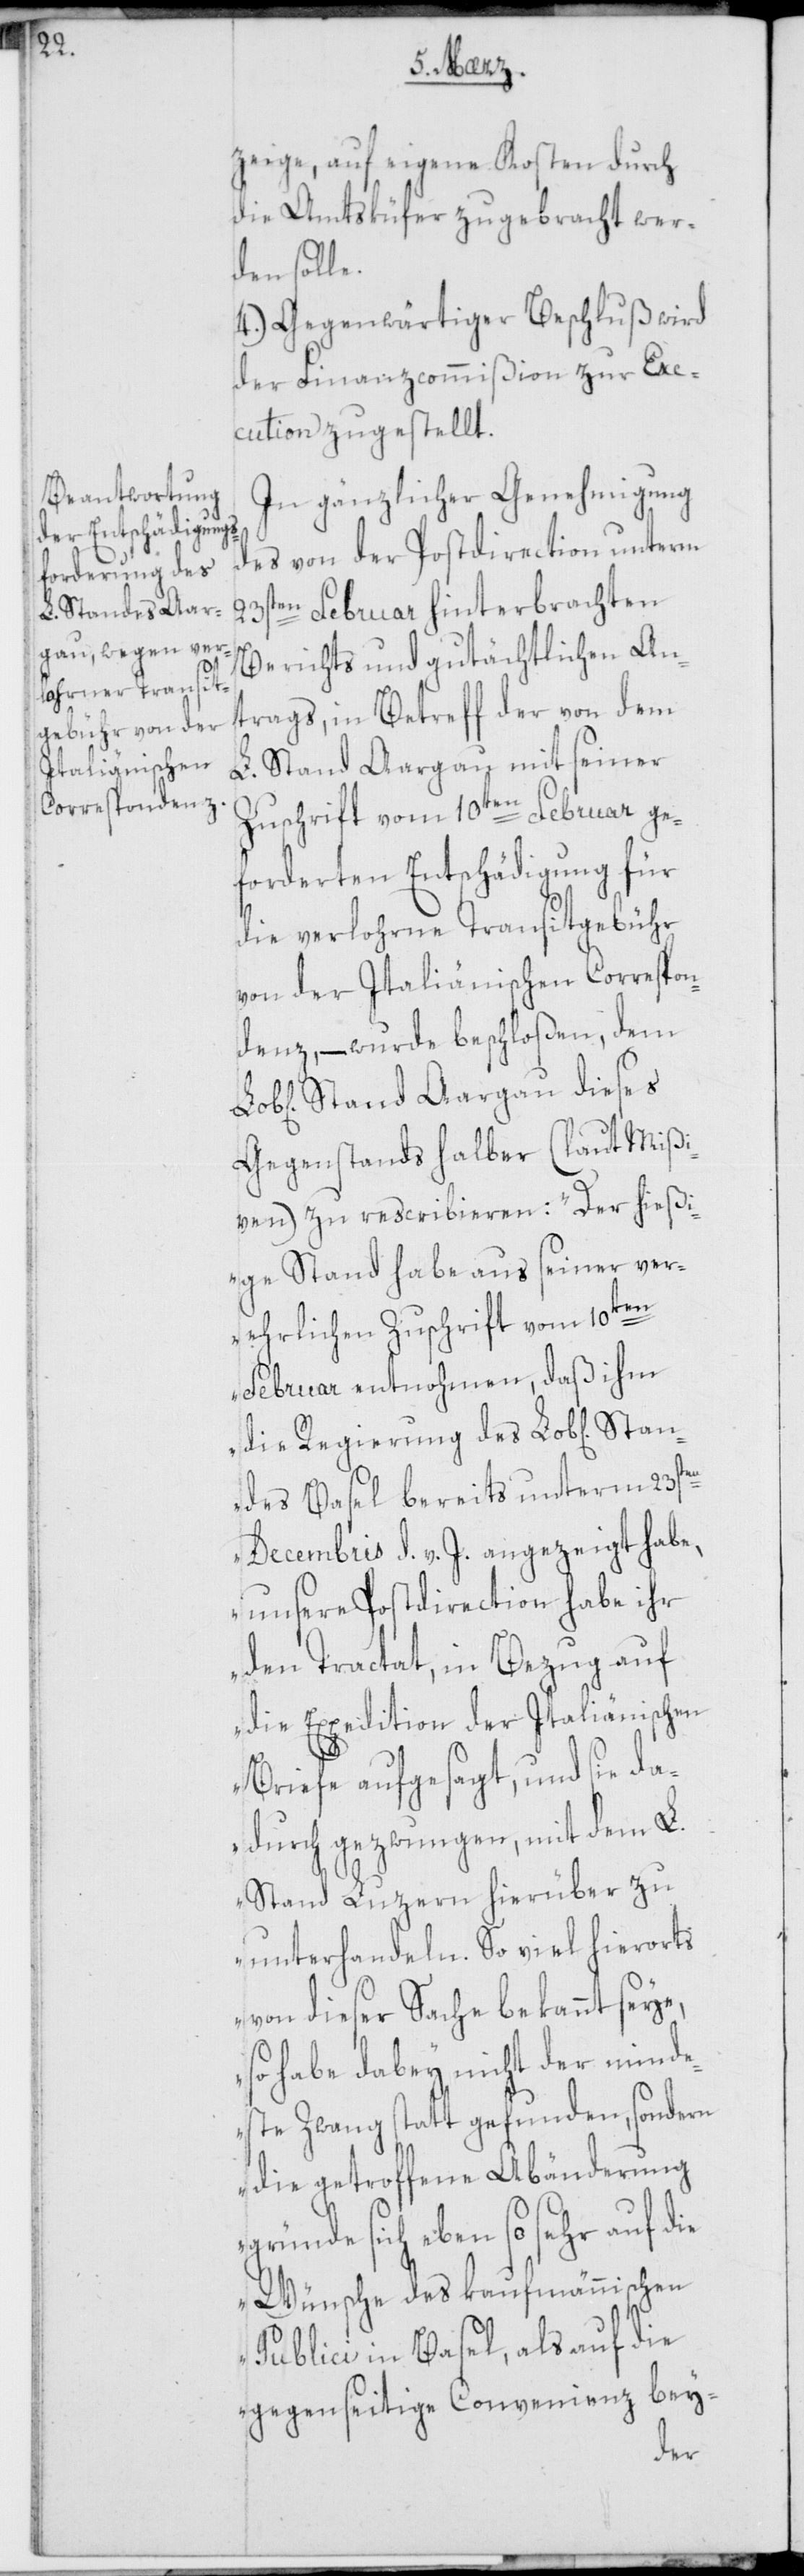
Sta¬

zeige, auf eigene Kosten durch
die Amtsküfer zugebracht wer¬
den solle.
4.) Gegenwärtiger Beschluß wird
der Finanzcommißion zur Exe¬
cution zugestellt.
In gänzlicher Genehmigung
des von der Postdirection unterm
23sten Februar hinterbrachten
Berichts und gutächtlichen An¬
trags, in Betreff der von dem
L. Stand Aargau mit seiner
Zuschrift vom 10ten Februar ge¬
forderten Entschädigung für
die verlohrne Transitgebühr
von der Italiänischen Correspon¬
denz, – wurde beschloßen, dem
Stand Aargau dieses
Gegenstands halber (laut Mißi¬
ven) zu rescribieren: „Der hießi¬
ge Stand habe aus seiner ver¬
ehrlichen Zuschrift vom 10ten
Februar entnohmen, daß ihm
die Regierung des Lob[lichen]
ndes Basel bereits unterm 23sten
Decembris d. v. J. angezeigt habe,
unsere Postdirection habe ihr
den Tractat, in Bezug auf
die Expedition der Italiänischen
Briefe aufgesagt, und sie da¬
durch gezwungen, mit dem L.
Stand Luzern hierüber zu
unterhandeln. So viel hierorts
von dieser Sache bekannt seye,
so habe dabey nicht der minde¬
ste Zwang statt gefunden, sondern
die getroffene Abänderung
gründe sich eben so sehr auf die
Wünsche des kaufmännischen
Publici in Basel, als auf die
gegenseitige Convenienz bey-